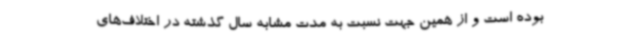
بوده است و از همین جهت نسبت به مدت مشابه سال گذشته در اختلاف‌های